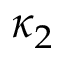
\kappa _ { 2 }